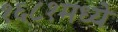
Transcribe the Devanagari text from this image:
१६८१मध्ये